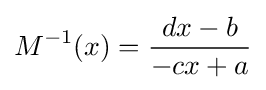
M^{-1}(x)={\frac {dx-b}{-cx+a}}